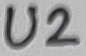
Text: U2